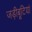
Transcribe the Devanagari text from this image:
जड़ीबूटियां